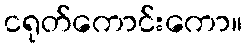
ငရုတ်ကောင်းကော။